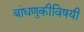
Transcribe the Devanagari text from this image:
बांधणुकीविषयी